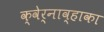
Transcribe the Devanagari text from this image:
क्वेर्नाव्हाका